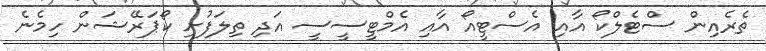
ތެރެއިން ސްޓެލްކޯ އާއި އެސްޓީއޯ އާއި އެމްޓީސީސީ އަދި ތިލަފުށި ކޯޕަރޭޝަން ހިމެނެ